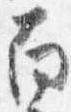
南